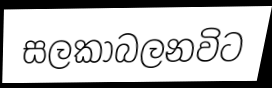
සලකාබලනවිට